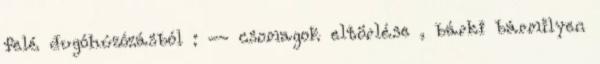
felé dugóhúzózásból : -- csomagok eltörlése , bárki bármilyen